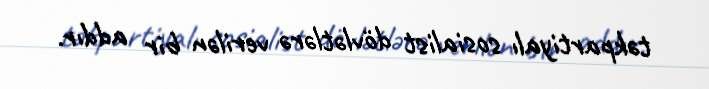
təkpartiyalı sosialist dövlətlərə verilən bir addır.